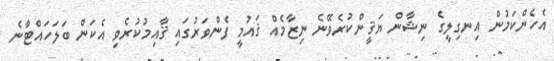
އެހެންކަމުން އިނގިލީގެ ނިޝާން ޔަޤީންކުރެވޭނެ ނިޒާމެއް ޤައުމީ ފެންވަރުގައި ޤާއިމުކުރެވި އެކަން ބަލަހައްޓާނެ